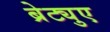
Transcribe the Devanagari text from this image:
ब्रेट्युए